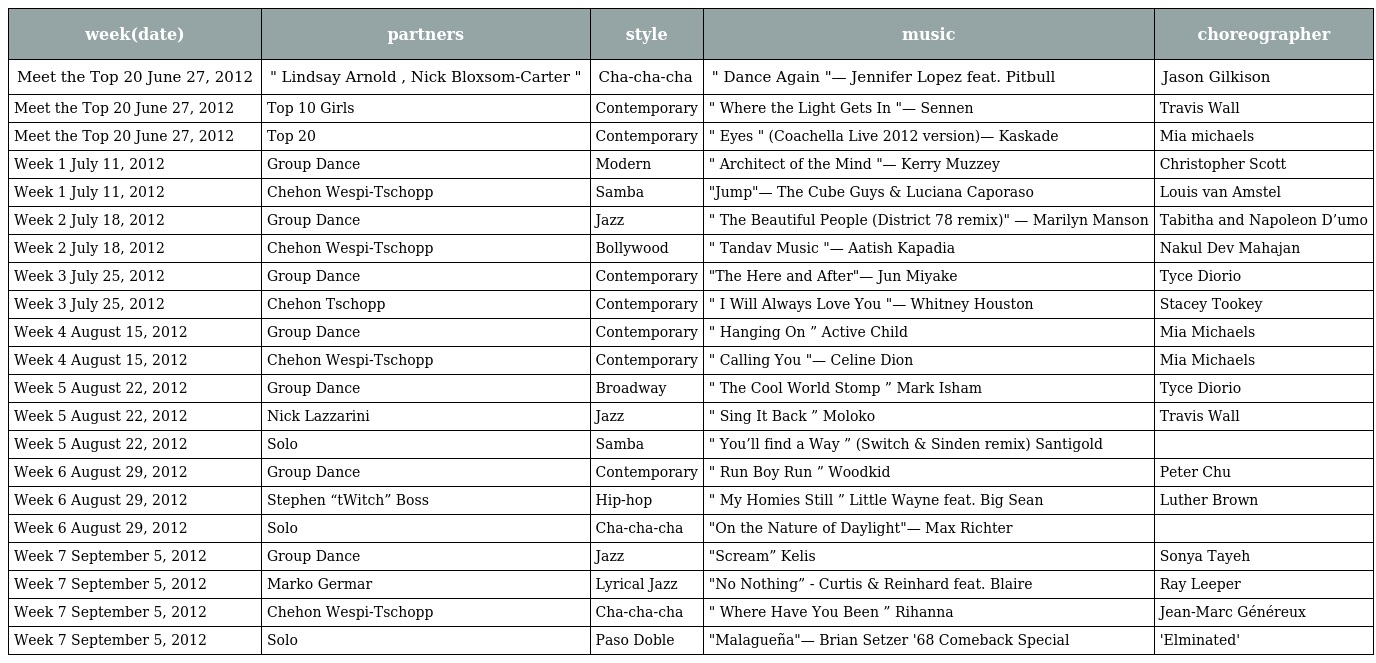
| week(date) | partners | style | music | choreographer |
 | --- | --- | --- | --- | --- |
 | Meet the Top 20 June 27, 2012 | " Lindsay Arnold , Nick Bloxsom-Carter " | Cha-cha-cha | " Dance Again "— Jennifer Lopez feat. Pitbull | Jason Gilkison |
 | Meet the Top 20 June 27, 2012 | Top 10 Girls | Contemporary | " Where the Light Gets In "— Sennen | Travis Wall |
 | Meet the Top 20 June 27, 2012 | Top 20 | Contemporary | " Eyes " (Coachella Live 2012 version)— Kaskade | Mia michaels |
 | Week 1 July 11, 2012 | Group Dance | Modern | " Architect of the Mind "— Kerry Muzzey | Christopher Scott |
 | Week 1 July 11, 2012 | Chehon Wespi-Tschopp | Samba | "Jump"— The Cube Guys & Luciana Caporaso | Louis van Amstel |
 | Week 2 July 18, 2012 | Group Dance | Jazz | " The Beautiful People (District 78 remix)" — Marilyn Manson | Tabitha and Napoleon D’umo |
 | Week 2 July 18, 2012 | Chehon Wespi-Tschopp | Bollywood | " Tandav Music "— Aatish Kapadia | Nakul Dev Mahajan |
 | Week 3 July 25, 2012 | Group Dance | Contemporary | "The Here and After"— Jun Miyake | Tyce Diorio |
 | Week 3 July 25, 2012 | Chehon Tschopp | Contemporary | " I Will Always Love You "— Whitney Houston | Stacey Tookey |
 | Week 4 August 15, 2012 | Group Dance | Contemporary | " Hanging On ” Active Child | Mia Michaels |
 | Week 4 August 15, 2012 | Chehon Wespi-Tschopp | Contemporary | " Calling You "— Celine Dion | Mia Michaels |
 | Week 5 August 22, 2012 | Group Dance | Broadway | " The Cool World Stomp ” Mark Isham | Tyce Diorio |
 | Week 5 August 22, 2012 | Nick Lazzarini | Jazz | " Sing It Back ” Moloko | Travis Wall |
 | Week 5 August 22, 2012 | Solo | Samba | " You’ll find a Way ” (Switch & Sinden remix) Santigold |  |
 | Week 6 August 29, 2012 | Group Dance | Contemporary | " Run Boy Run ” Woodkid | Peter Chu |
 | Week 6 August 29, 2012 | Stephen “tWitch” Boss | Hip-hop | " My Homies Still ” Little Wayne feat. Big Sean | Luther Brown |
 | Week 6 August 29, 2012 | Solo | Cha-cha-cha | "On the Nature of Daylight"— Max Richter |  |
 | Week 7 September 5, 2012 | Group Dance | Jazz | "Scream” Kelis | Sonya Tayeh |
 | Week 7 September 5, 2012 | Marko Germar | Lyrical Jazz | "No Nothing” - Curtis & Reinhard feat. Blaire | Ray Leeper |
 | Week 7 September 5, 2012 | Chehon Wespi-Tschopp | Cha-cha-cha | " Where Have You Been ” Rihanna | Jean-Marc Généreux |
 | Week 7 September 5, 2012 | Solo | Paso Doble | "Malagueña"— Brian Setzer '68 Comeback Special | 'Elminated' |